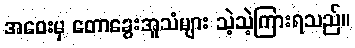
အဝေးမှ တောခွေးအူသံများ သဲ့သဲ့ကြားရသည်။